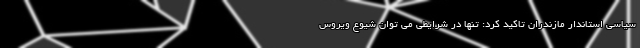
سیاسی استاندار مازندران تاکید کرد: تنها در شرایطی می توان شیوع ویروس